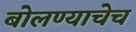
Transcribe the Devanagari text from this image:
बोलण्याचेच